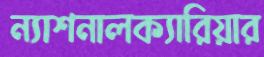
ন্যাশনালক্যারিয়ার